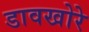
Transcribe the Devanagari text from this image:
डावखोरे